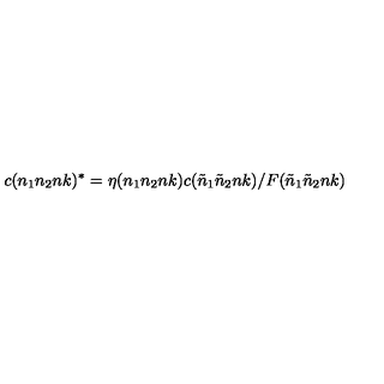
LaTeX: c ( n _ { 1 } n _ { 2 } n k ) ^ { * } = \eta ( n _ { 1 } n _ { 2 } n k ) c ( { \tilde { n } } _ { 1 } { \tilde { n } } _ { 2 } n k ) / F ( { \tilde { n } } _ { 1 } { \tilde { n } } _ { 2 } n k )